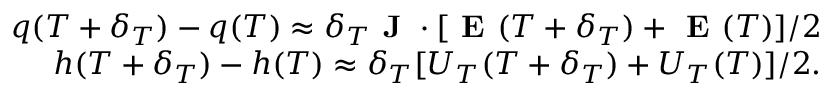
\begin{array} { r } { q ( T + \delta _ { T } ) - q ( T ) \approx \delta _ { T } \textbf { J } \cdot [ \textbf { E } ( T + \delta _ { T } ) + \textbf { E } ( T ) ] / 2 } \\ { h ( T + \delta _ { T } ) - h ( T ) \approx \delta _ { T } [ U _ { T } ( T + \delta _ { T } ) + U _ { T } ( T ) ] / 2 . } \end{array}